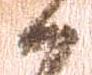
候